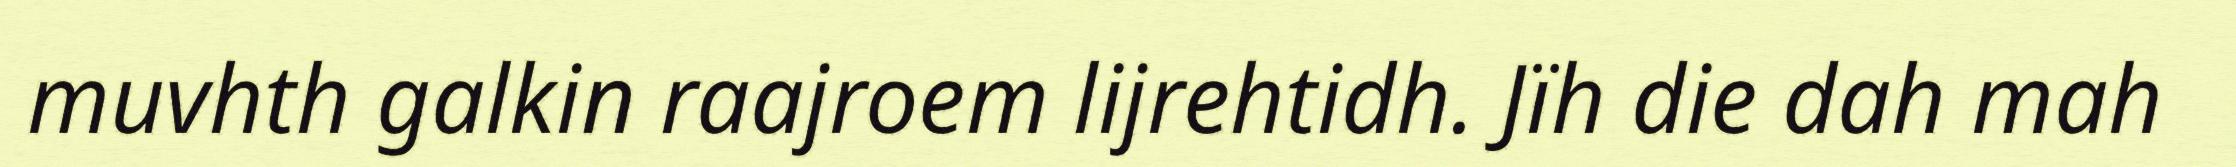
muvhth galkin raajroem lijrehtidh. Jïh die dah mah